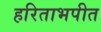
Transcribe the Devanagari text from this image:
हरिताभपीत